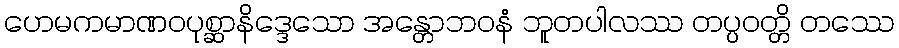
ဟေမကမာဏဝပုစ္ဆာနိဒ္ဒေသော အန္တောဘဝနံ ဘူတပါလဿ တပ္ပဝတ္တိ တဿေ